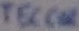
Text: TECCOR